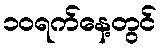
၁၀ရက်နေ့တွင်